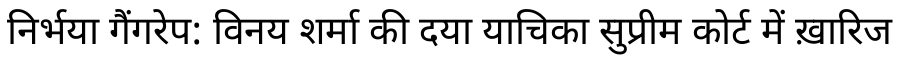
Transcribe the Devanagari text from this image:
निर्भया गैंगरेप: विनय शर्मा की दया याचिका सुप्रीम कोर्ट में ख़ारिज